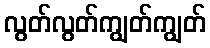
လွတ်လွတ်ကျွတ်ကျွတ်